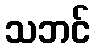
သဘင်